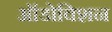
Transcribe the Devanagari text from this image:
ऑडोविशन